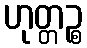
ဟုတ္တဉ္စ